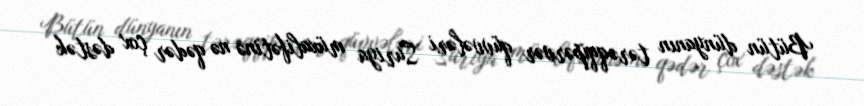
Bütün dünyanın tərəqqipərvər qüvvələri Suriya müxalifətinə nə qədər çox dəstək